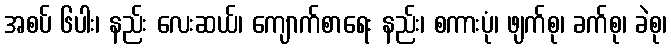
အစပ် ၆ပါး၊ နည်း လေးဆယ်၊ ကျောက်စာရေး နည်း၊ စကားပုံ၊ ဖျက်စု၊ ခက်စု၊ ခဲစု၊